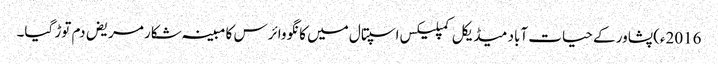
2016ء)پشاور کے حیات آباد میڈیکل کمپلیکس اسپتال میں کانگو وائرس کا مبینہ شکار مریض دم توڑ گیا۔